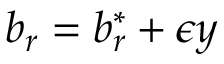
b _ { r } = b _ { r } ^ { * } + \epsilon y